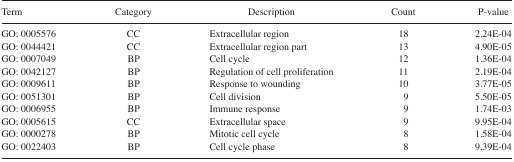
| Term | Category | Description | Count | P-value |
 | --- | --- | --- | --- | --- |
 | GO: 0005576 | CC | Extracellular region | 18 | 2.24E-04 |
 | GO: 0044421 | CC | Extracellular region part | 13 | 4.90E-05 |
 | GO: 0007049 | BP | Cell cycle | 12 | 1.36E-04 |
 | GO: 0042127 | BP | Regulation of cell proliferation | 11 | 2.19E-04 |
 | GO: 0009611 | BP | Response to wounding | 10 | 3.77E-05 |
 | GO: 0051301 | BP | Cell division | 9 | 5.50E-05 |
 | GO: 0006955 | BP | Immune response | 9 | 1.74E-03 |
 | GO: 0005615 | CC | Extracellular space | 9 | 9.95E-04 |
 | GO: 0000278 | BP | Mitotic cell cycle | 8 | 1.58E-04 |
 | GO: 0022403 | BP | Cell cycle phase | 8 | 9.39E-04 |